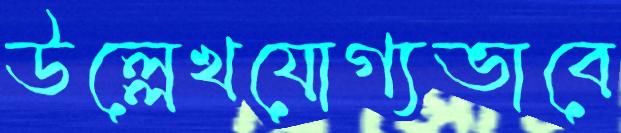
উল্লেখযোগ্যভাবে